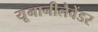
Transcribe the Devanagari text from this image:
यूनानीलैवेंडर